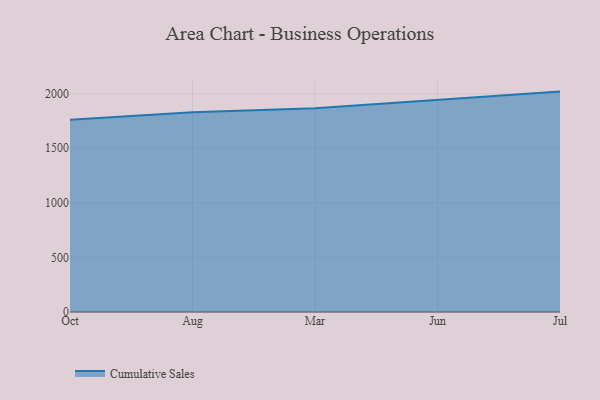
{"axis": {"x": "Month", "y": "Waste Production (Tons)"}, "legend": ["Cumulative Sales"], "data": [{"x": "Oct", "y": 1762.1, "type": "Cumulative Sales"}, {"x": "Aug", "y": 1829.3, "type": "Cumulative Sales"}, {"x": "Mar", "y": 1866.9, "type": "Cumulative Sales"}, {"x": "Jun", "y": 1939.9, "type": "Cumulative Sales"}, {"x": "Jul", "y": 2019.3, "type": "Cumulative Sales"}]}